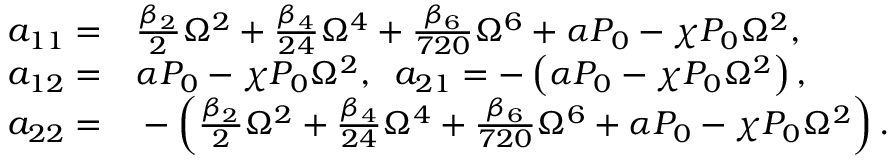
\begin{array} { r l } { a _ { 1 1 } = } & { { } \frac { \beta _ { 2 } } { 2 } \Omega ^ { 2 } + \frac { \beta _ { 4 } } { 2 4 } \Omega ^ { 4 } + \frac { \beta _ { 6 } } { 7 2 0 } \Omega ^ { 6 } + \alpha P _ { 0 } - \chi P _ { 0 } \Omega ^ { 2 } , } \\ { a _ { 1 2 } = } & { { } \alpha P _ { 0 } - \chi P _ { 0 } \Omega ^ { 2 } , \; \; a _ { 2 1 } = - \left( \alpha P _ { 0 } - \chi P _ { 0 } \Omega ^ { 2 } \right) , } \\ { a _ { 2 2 } = } & { { } - \left( \frac { \beta _ { 2 } } { 2 } \Omega ^ { 2 } + \frac { \beta _ { 4 } } { 2 4 } \Omega ^ { 4 } + \frac { \beta _ { 6 } } { 7 2 0 } \Omega ^ { 6 } + \alpha P _ { 0 } - \chi P _ { 0 } \Omega ^ { 2 } \right) . } \end{array}